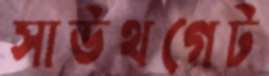
সাউথগেট